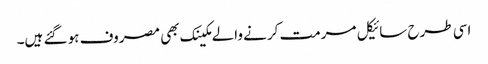
اسی طرح سائیکل مرمت کرنے والے مکینک بھی مصروف ہو گئے ہیں۔